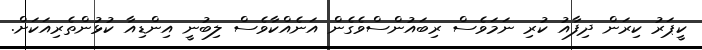
ކީޕަރު ކިރަން ދިފާއު ކުރި ނަމަވެސް ރިބައުންސްވެގެން އަނެއްކާވެސް ލިބުނީ އިންޑިއާ ކުޅުންތެރިއަކަށް.